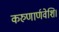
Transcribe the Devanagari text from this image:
करुणार्णवेशि।